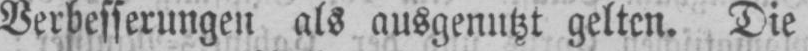
Verbesserungen als ausgenutzt gelten. Die